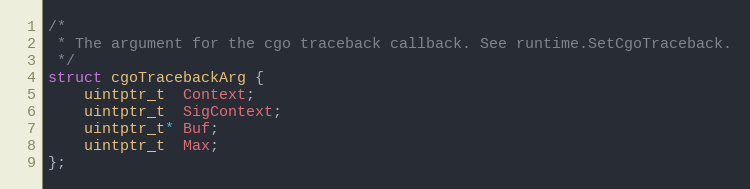
Language: C
/*
 * The argument for the cgo traceback callback. See runtime.SetCgoTraceback.
 */
struct cgoTracebackArg {
	uintptr_t  Context;
	uintptr_t  SigContext;
	uintptr_t* Buf;
	uintptr_t  Max;
};